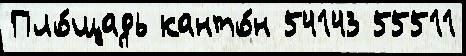
Пло́щадь канто́н 54143 55511